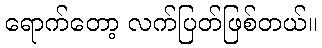
ရောက်တော့ လက်ပြတ်ဖြစ်တယ်။